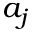
a _ { j }